Vaccination in the Punjab 1883-1896 - 1883-1896
Year: 1883
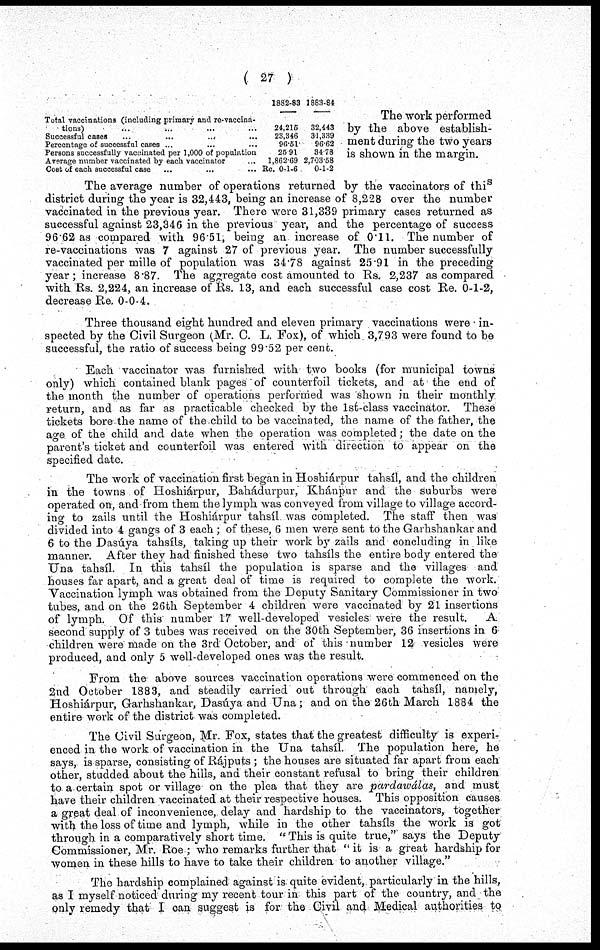
( 27 )
Total vaccinations (including primary and re-vaccina-
tions) ... ... ... ...
Successful cases
...
...
...
Percentage of successful cases ... ... ...
Persons successfully vaccinated per 1,000 of population
Average number vaccinated by each vaccinator ...
Cost of each successful case ... ... ...
1882-83
24,215
23,346
96.51
25.91
1,862.69
Re. 0-1-6
1883-84
32,443
31,339
96.62
34.78
2,703.58
0-1-2
The work performed
by the above establish-
ment during the two years
is shown in the margin.
The average number of operations returned by the vaccinators of this
district during the year is 32,443, being an increase of 8,228 over the number
vaccinated in the previous year. There were 31,339 primary cases returned as
successful against 23,346 in the previous year, and the percentage of success
96.62 as compared with 96.51, being an increase of 0.11. The number of
re-vaccinations was 7 against 27 of previous year. The number successfully
vaccinated per mille of population was 34.78 against 25.91 in the preceding
year ; increase 8.87. The aggregate cost amounted to Rs. 2,237 as compared
with Rs. 2,224, an increase of Rs. 13, and each successful case cost Re. 0-1-2,
decrease Re. 0-0-4.
Three thousand eight hundred and eleven primary vaccinations were in-
spected by the Civil Surgeon (Mr. C. L. Fox), of which 3,793 were found to be
successful, the ratio of success being 99.52 per cent.
Each vaccinator was furnished with two books (for municipal towns
only) which contained blank pages of counterfoil tickets, and at the end of
the month the number of operations performed was shown in their monthly
return, and as far as practicable checked by the 1st-class vaccinator. These
tickets bore the name of the child to be vaccinated, the name of the father, the
age of the child and date when the operation was completed; the date on the
parent's ticket and counterfoil was entered with direction to appear on the
specified date.
The work of vaccination first began in Hoshiárpur tahsíl, and the children
in the towns of Hoshiárpur, Bahádurpur, Khánpur and the suburbs were
operated on, and from them the lymph was conveyed from village to village accord-
ing to zails until the Hoshiárpur tahsíl was completed. The staff then was
divided into 4 gangs of 3 each ; of these, 6 men were sent to the Garhshankar and
6 to the Dasúya tahsíls, taking up their work by zails and concluding in like
manner. After they had finished these two tahsíls the entire body entered the
Una tahsíl. In this tahsíl the population is sparse and the villages and
houses far apart, and a great deal of time is required to complete the work.
Vaccination lymph was obtained from the Deputy Sanitary Commissioner in two
tubes, and on the 26th September 4 children were vaccinated by 21 insertions
of lymph. Of this number 17 well-developed vesicles were the result.
A
second supply of 3 tubes was received on the 30th September, 36 insertions in 6
children were made on the 3rd October, and of this number 12 vesicles were
produced, and only 5 well-developed ones was the result.
From the above sources vaccination operations were commenced on the
2nd October 1883, and steadily carried out through each tahsíl, namely,
Hoshiárpur, Garhshankar, Dasúya and Una; and on the 26th March 1884 the
entire work of the district was completed.
The Civil Surgeon, Mr. Fox, states that the greatest difficulty is experi-
enced in the work of vaccination in the Una tahsíl. The population here, he
says, is sparse, consisting of Rájputs ; the houses are situated far apart from each
other, studded about the hills, and their constant refusal to bring their children
to a certain spot or village on the plea that they are pardawálas,
and must
have their children vaccinated at their respective houses. This opposition causes
a great deal of inconvenience, delay and hardship to the vaccinators, together
with the loss of time and lymph, while in the other tahsíls the work is got
through in a comparatively short time. " This is quite true," says the Deputy
Commissioner, Mr. Roe; who remarks further that "it is a great hardship for
women in these hills to have to take their children to another village."
The hardship complained against is quite evident, particularly in the hills,
as I myself noticed during my recent tour in this part of the country, and the
only remedy that I can suggest is for the Civil and Medical authorities to